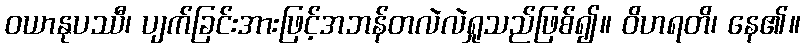
ဝယာနုပဿီ၊ ပျက်ခြင်းအားဖြင့်အဘန်တလဲလဲရှုသည်ဖြစ်၍။ ဝိဟရတိ၊ နေ၏။